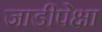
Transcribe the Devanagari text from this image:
जाडीपेक्षा